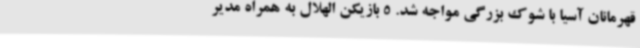
قهرمانان آسیا با شوک بزرگی مواجه شد. 5 بازیکن الهلال به همراه مدیر